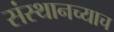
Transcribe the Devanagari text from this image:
संस्थानच्याच